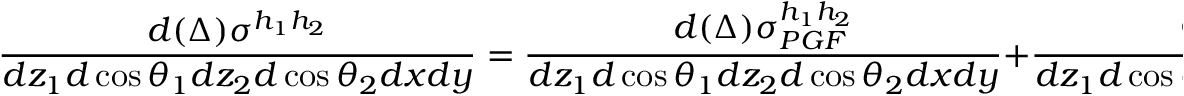
\frac { d ( \Delta ) \sigma ^ { h _ { 1 } h _ { 2 } } } { d z _ { 1 } d \cos \theta _ { 1 } d z _ { 2 } d \cos \theta _ { 2 } d x d y } = \frac { d ( \Delta ) \sigma _ { P G F } ^ { h _ { 1 } h _ { 2 } } } { d z _ { 1 } d \cos \theta _ { 1 } d z _ { 2 } d \cos \theta _ { 2 } d x d y } + \frac { d ( \Delta ) \sigma _ { Q C D } ^ { h _ { 1 } h _ { 2 } } } { d z _ { 1 } d \cos \theta _ { 1 } d z _ { 2 } d \cos \theta _ { 2 } d x d y } ~ .